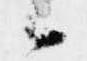
候